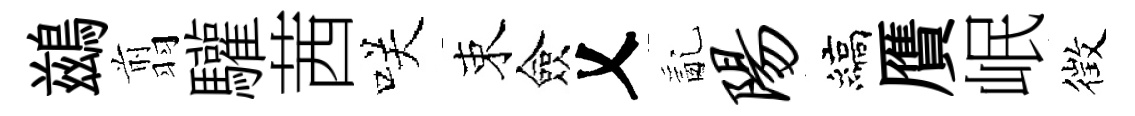
鷀翦驩茜咲束僉乂亂阳縞贋岷徴